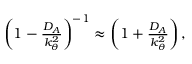
\begin{array} { r } { \left( 1 - \frac { D _ { A } } { k _ { \theta } ^ { 2 } } \right) ^ { - 1 } \approx \left( 1 + \frac { D _ { A } } { k _ { \theta } ^ { 2 } } \right) , } \end{array}